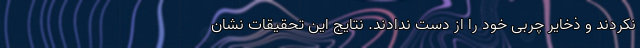
نکردند و ذخایر چربی خود را از دست ندادند. نتایج این تحقیقات نشان